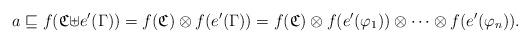
LaTeX: \begin{align*}a \sqsubseteq f(\mathfrak{C\uplus}e'(\Gamma)) = f(\mathfrak{C}) \otimes f(e'(\Gamma) ) = f(\mathfrak{C}) \otimes f(e'(\varphi_{1}) ) \otimes\cdots\otimes f(e'(\varphi_{n})).\end{align*}